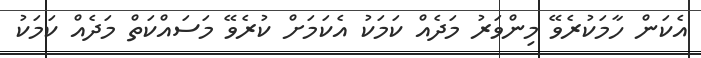
އެކަން ހާމަކުރެވޭ މިންވަރު މަދެއް ކަމަކު އެކަމަށް ކުރެވޭ މަސައްކަތް މަދެއް ކަމަކު